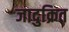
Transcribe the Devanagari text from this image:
जादुक्रित